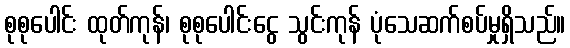
စုစုပေါင်း ထုတ်ကုန်၊ စုစုပေါင်းငွေ သွင်းကုန် ပုံသေဆက်စပ်မှုရှိသည်။